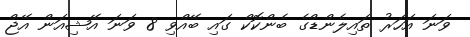
ވަނަ އަހަރު ތައިލެންޑްގެ ބެންކޮކް ގައި ބޭއްވި 8 ވަނަ އޭޝިއަން އޭޖް